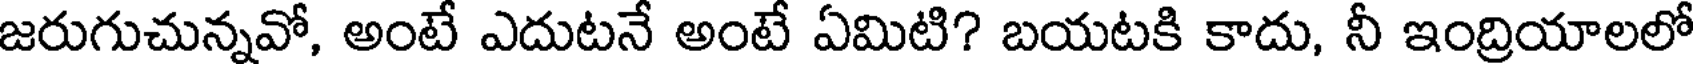
జరుగుచున్నవో, అంటే ఎదుటనే అంటే ఏమిటి? బయటకి కాదు, నీ ఇంద్రియాలలో